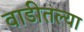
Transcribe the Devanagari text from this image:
वाडीतल्या